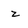
Character: z